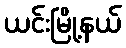
ယင်းမြို့နယ်